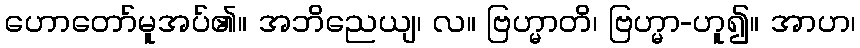
ဟောတော်မူအပ်၏။ အဘိညေယျ၊ လ။ ဗြဟ္မာတိ၊ ဗြဟ္မာ-ဟူ၍။ အာဟ၊